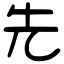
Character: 先